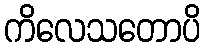
ကိလေသတောပိ